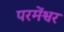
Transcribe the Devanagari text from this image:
परमेंश्वर